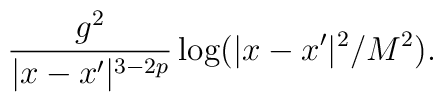
\frac{g^{2}}{|x-x^{\prime}|^{3-2p}}\log(|x-x^{\prime}|^{2}/{M^{2}}).